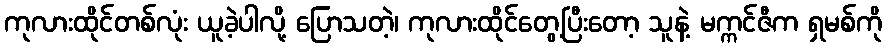
ကုလားထိုင်တစ်လုံး ယူခဲ့ပါလို့ ပြောသတဲ့၊ ကုလားထိုင်တွေ့ပြီးတော့ သူနဲ့ မက္ကင်ဇီက ရှမစ်ကို